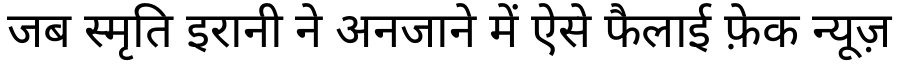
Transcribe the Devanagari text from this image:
जब स्मृति इरानी ने अनजाने में ऐसे फैलाई फ़ेक न्यूज़